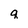
Character: g